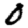
Digit: 0